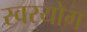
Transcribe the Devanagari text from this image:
स्वरयोग